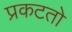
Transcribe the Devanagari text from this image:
प्रकटतो